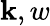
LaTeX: \mathbf{k},w